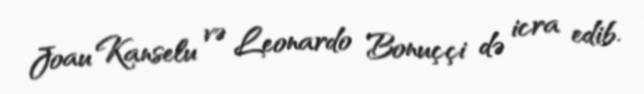
Joau Kanselu və Leonardo Bonuççi də icra edib.